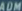
ADMIN